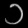
Digit: ၁